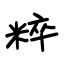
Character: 粹